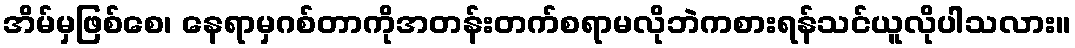
အိမ်မှဖြစ်စေ၊ နေရာမှဂစ်တာကိုအတန်းတက်စရာမလိုဘဲကစားရန်သင်ယူလိုပါသလား။